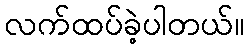
လက်ထပ်ခဲ့ပါတယ်။